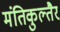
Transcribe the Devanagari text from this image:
मंतिकुल्तैर